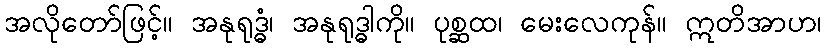
အလိုတော်ဖြင့်။ အနုရုဒ္ဓံ၊ အနုရုဒ္ဓါကို။ ပုစ္ဆထ၊ မေးလေကုန်။ ဣတိအာဟ၊